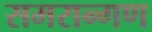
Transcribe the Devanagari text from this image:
समरान्गण